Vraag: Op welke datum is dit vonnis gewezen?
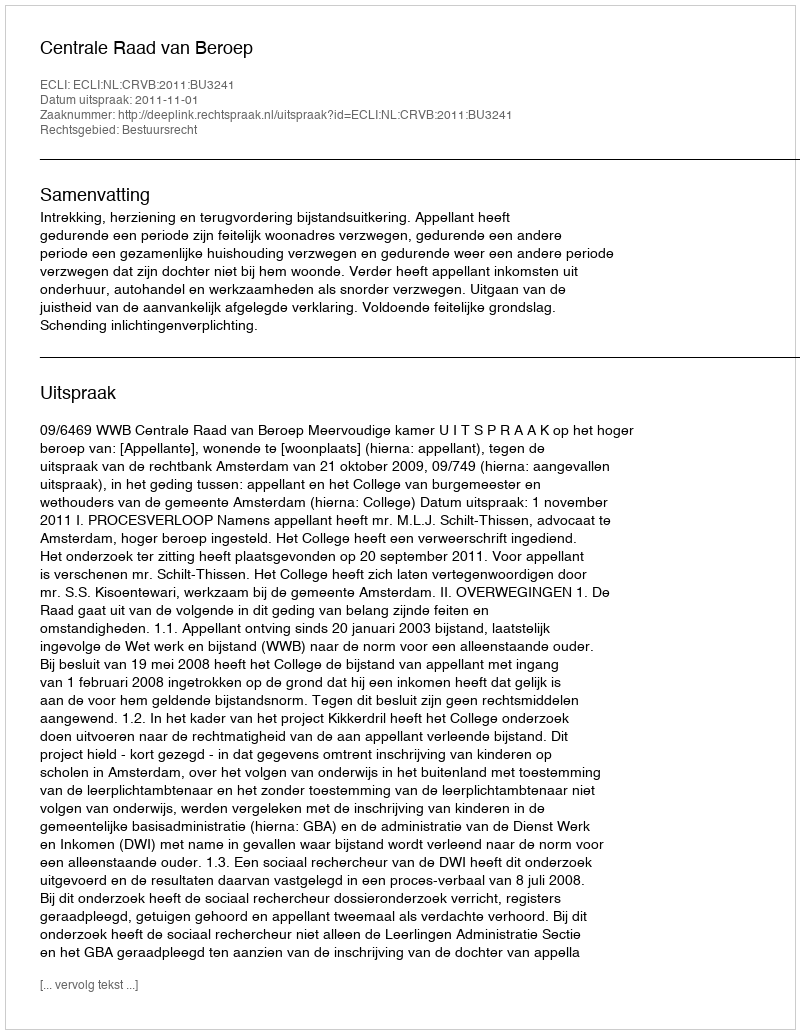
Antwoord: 2011-11-01